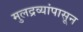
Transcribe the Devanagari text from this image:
मुलद्रव्यांपासून